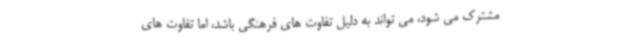
مشترک می شود، می تواند به دلیل تفاوت های فرهنگی باشد، اما تفاوت های